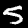
Digit: 5